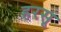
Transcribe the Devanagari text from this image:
हरसू